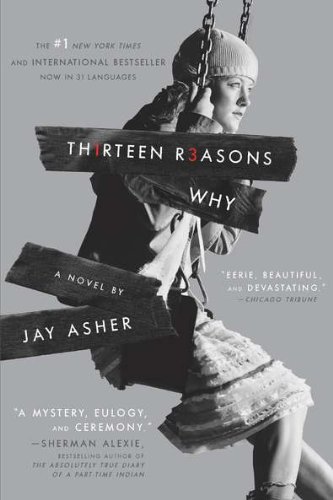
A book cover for Thirteen Reasons Why; Jay Asher; Teen & Young Adult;